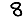
Digit: 8